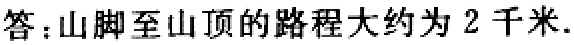
答：山脚至山顶的路程大约为 2 千米.